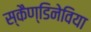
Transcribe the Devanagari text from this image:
स्कैण्डिनेविया